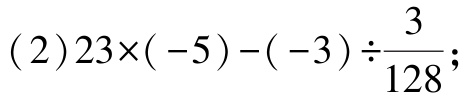
(2)\(23\times(-5)-(-3)\div\frac{3}{128}\)